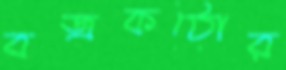
বজ্রকঠোর